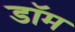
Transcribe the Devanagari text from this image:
डाॅम